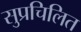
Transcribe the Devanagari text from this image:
सुप्रचिलित